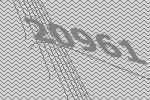
20961